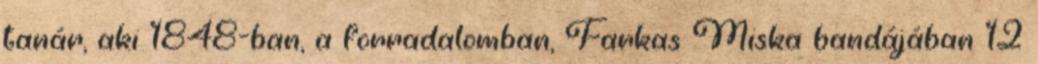
tanár, aki 1848-ban, a forradalomban, Farkas Miska bandájában 12